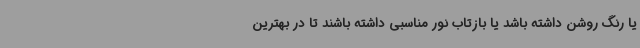
یا رنگ روشن داشته باشد یا بازتاب نور مناسبی داشته باشند تا در بهترین